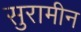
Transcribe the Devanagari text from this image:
सुरामीन